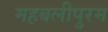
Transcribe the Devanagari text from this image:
महबलीपुरम